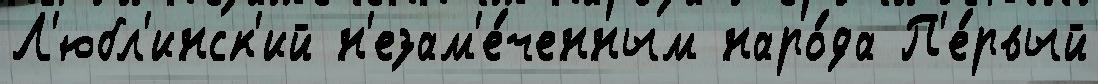
Л'юбл'инск'ий н'езам'е́ченным наро́да П'е́рвый